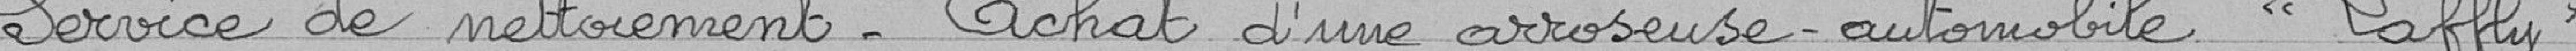
Service de nettoiement - achat d'une arroseuse-automobile "Laffly"